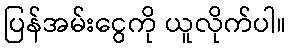
ပြန်အမ်းငွေကို ယူလိုက်ပါ။